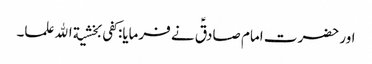
اور حضرت امام صادقؑ نے فرمایا:کفی بخشیة الله علما۔